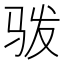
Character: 𩧯